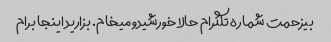
بیزحمت شماره تلگرام حالا خورشیدو میخام. بزارید اینجا برام